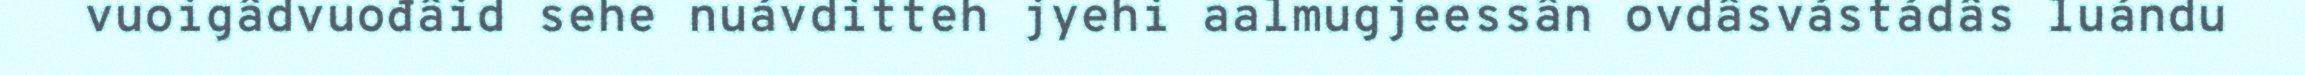
vuoigâdvuođâid sehe nuávditteh jyehi aalmugjeessân ovdâsvástádâs luándu